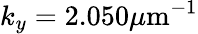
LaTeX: k_{y}=2.050\mu\mathrm{m}^{-1}